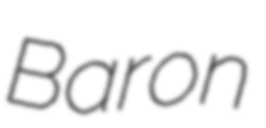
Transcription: Baron